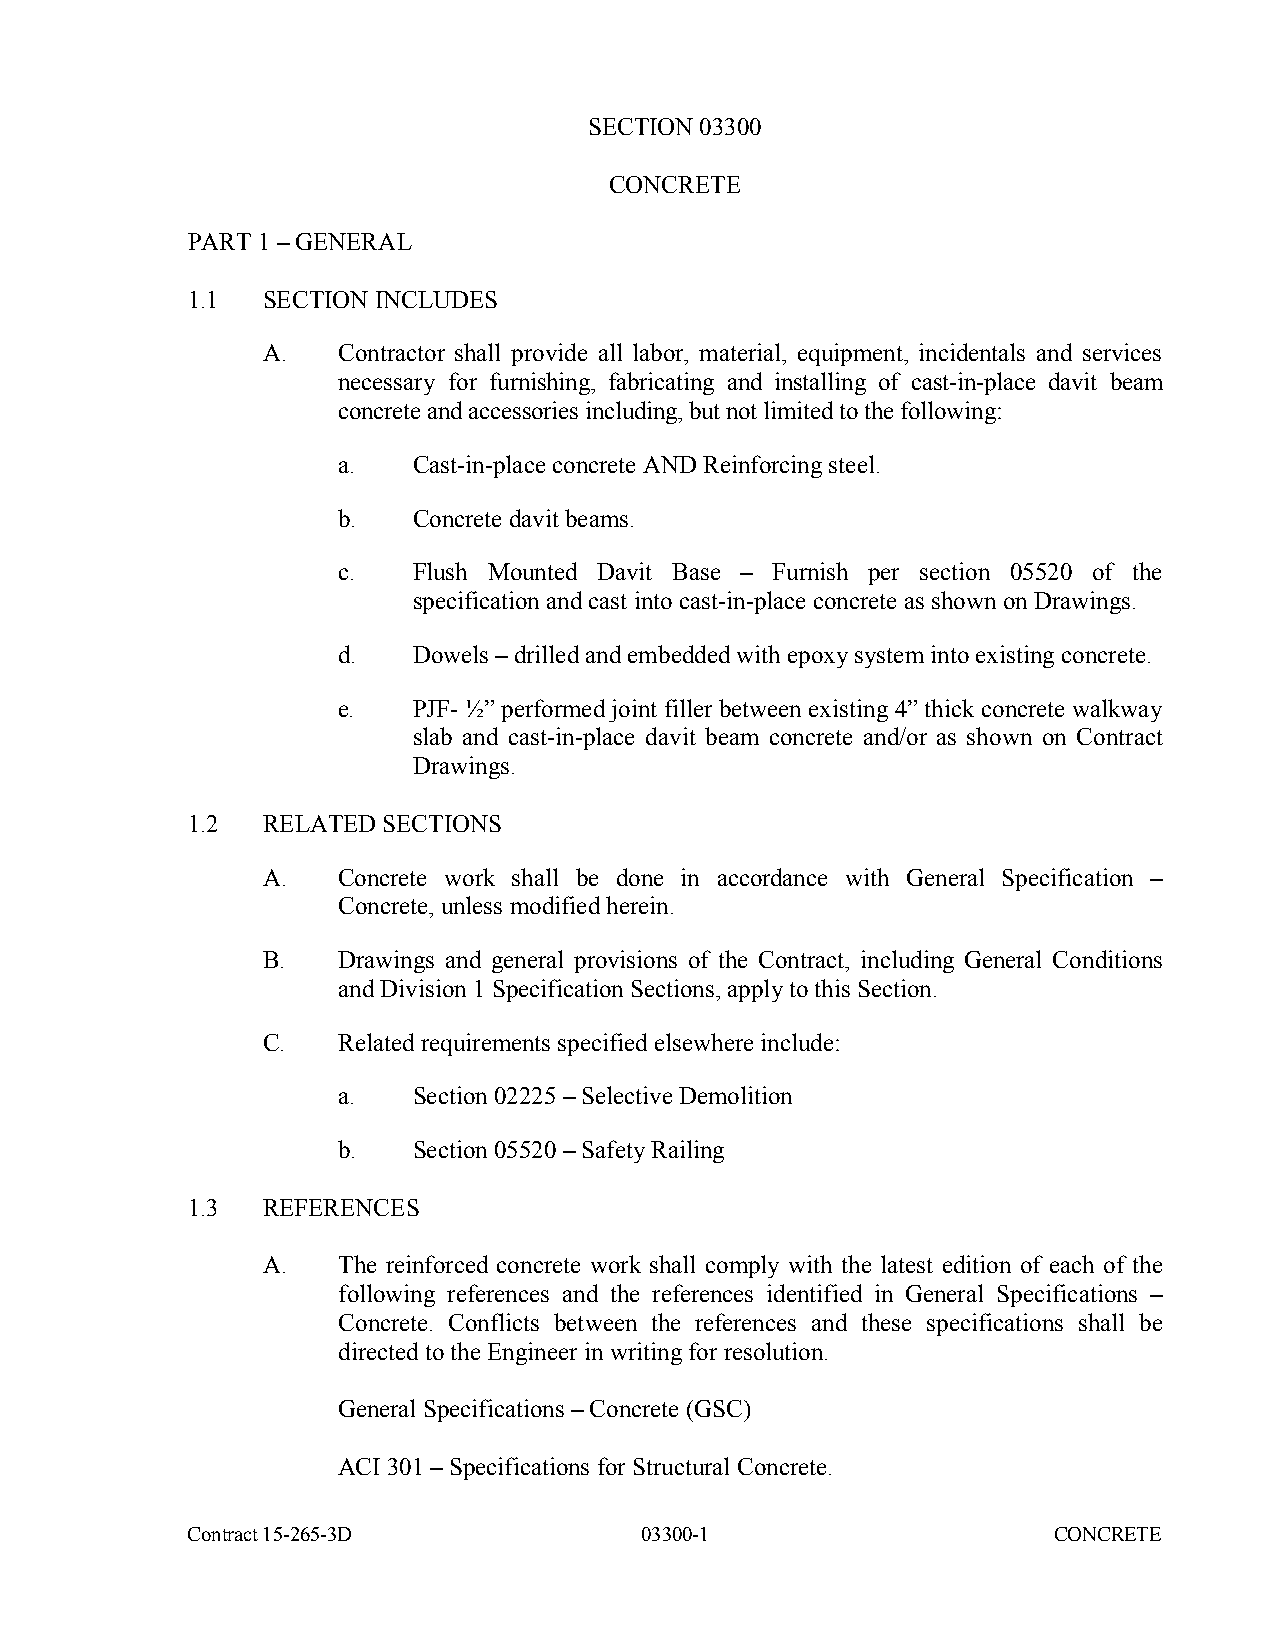
SECTION 03300
 CONCRETE
 PART 1 – GENERAL
 1.1  SECTION INCLUDES
 A.   Contractor shall provide all labor, material, equipment, incidentals and services
 necessary for furnishing, fabricating and installing of cast-in-place davit beam
 concrete and accessories including, but not limited to the following:
 a.   Cast-in-place concrete AND Reinforcing steel.
 b.   Concrete davit beams.
 c.   Flush Mounted Davit Base – Furnish per section 05520 of the
 specification and cast into cast-in-place concrete as shown on Drawings.
 d.   Dowels – drilled and embedded with epoxy system into existing concrete.
 e.   PJF- ½” performed joint filler between existing 4” thick concrete walkway
 slab and cast-in-place davit beam concrete and/or as shown on Contract
 Drawings.
 1.2  RELATED SECTIONS
 A.   Concrete work shall be done in accordance with General Specification –
 Concrete, unless modified herein.
 B.   Drawings and general provisions of the Contract, including General Conditions
 and Division 1 Specification Sections, apply to this Section.
 C.   Related requirements specified elsewhere include:
 a.   Section 02225 – Selective Demolition
 b.   Section 05520 – Safety Railing
 1.3  REFERENCES
 A.   The reinforced concrete work shall comply with the latest edition of each of the
 following references and the references identified in General Specifications –
 Concrete. Conflicts between the references and these specifications shall be
 directed to the Engineer in writing for resolution.
 General Specifications – Concrete (GSC)
 ACI 301 – Specifications for Structural Concrete.
 Contract 15-265-3D            03300-1                     CONCRETE